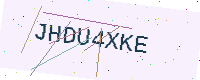
Text: JHDU4XKE